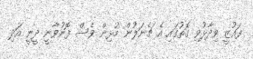
ފައުޒީ ވިދާޅުވި ގޮތުގައި އެ ޗެނަލުން މުޅިން ވެސް ފޮނުވާނީ ދީނީ އަދި